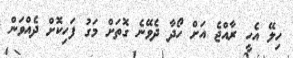
ހިލޭ އެހީ ރާއްޖެ އަށް ހޯދާ ދެވޭނެ ގޮތަށް މަގު ފަހިކޮށް ދެއްވަން